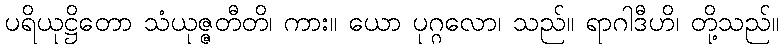
ပရိယုဋ္ဌိတော သံယုဇ္ဇတီတိ၊ ကား။ ယော ပုဂ္ဂလော၊ သည်။ ရာဂါဒီဟိ၊ တို့သည်။